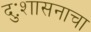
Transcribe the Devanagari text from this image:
दुःशासनाचा